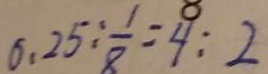
0 . 2 5 \div \frac { 1 } { 8 } = 4 : 2